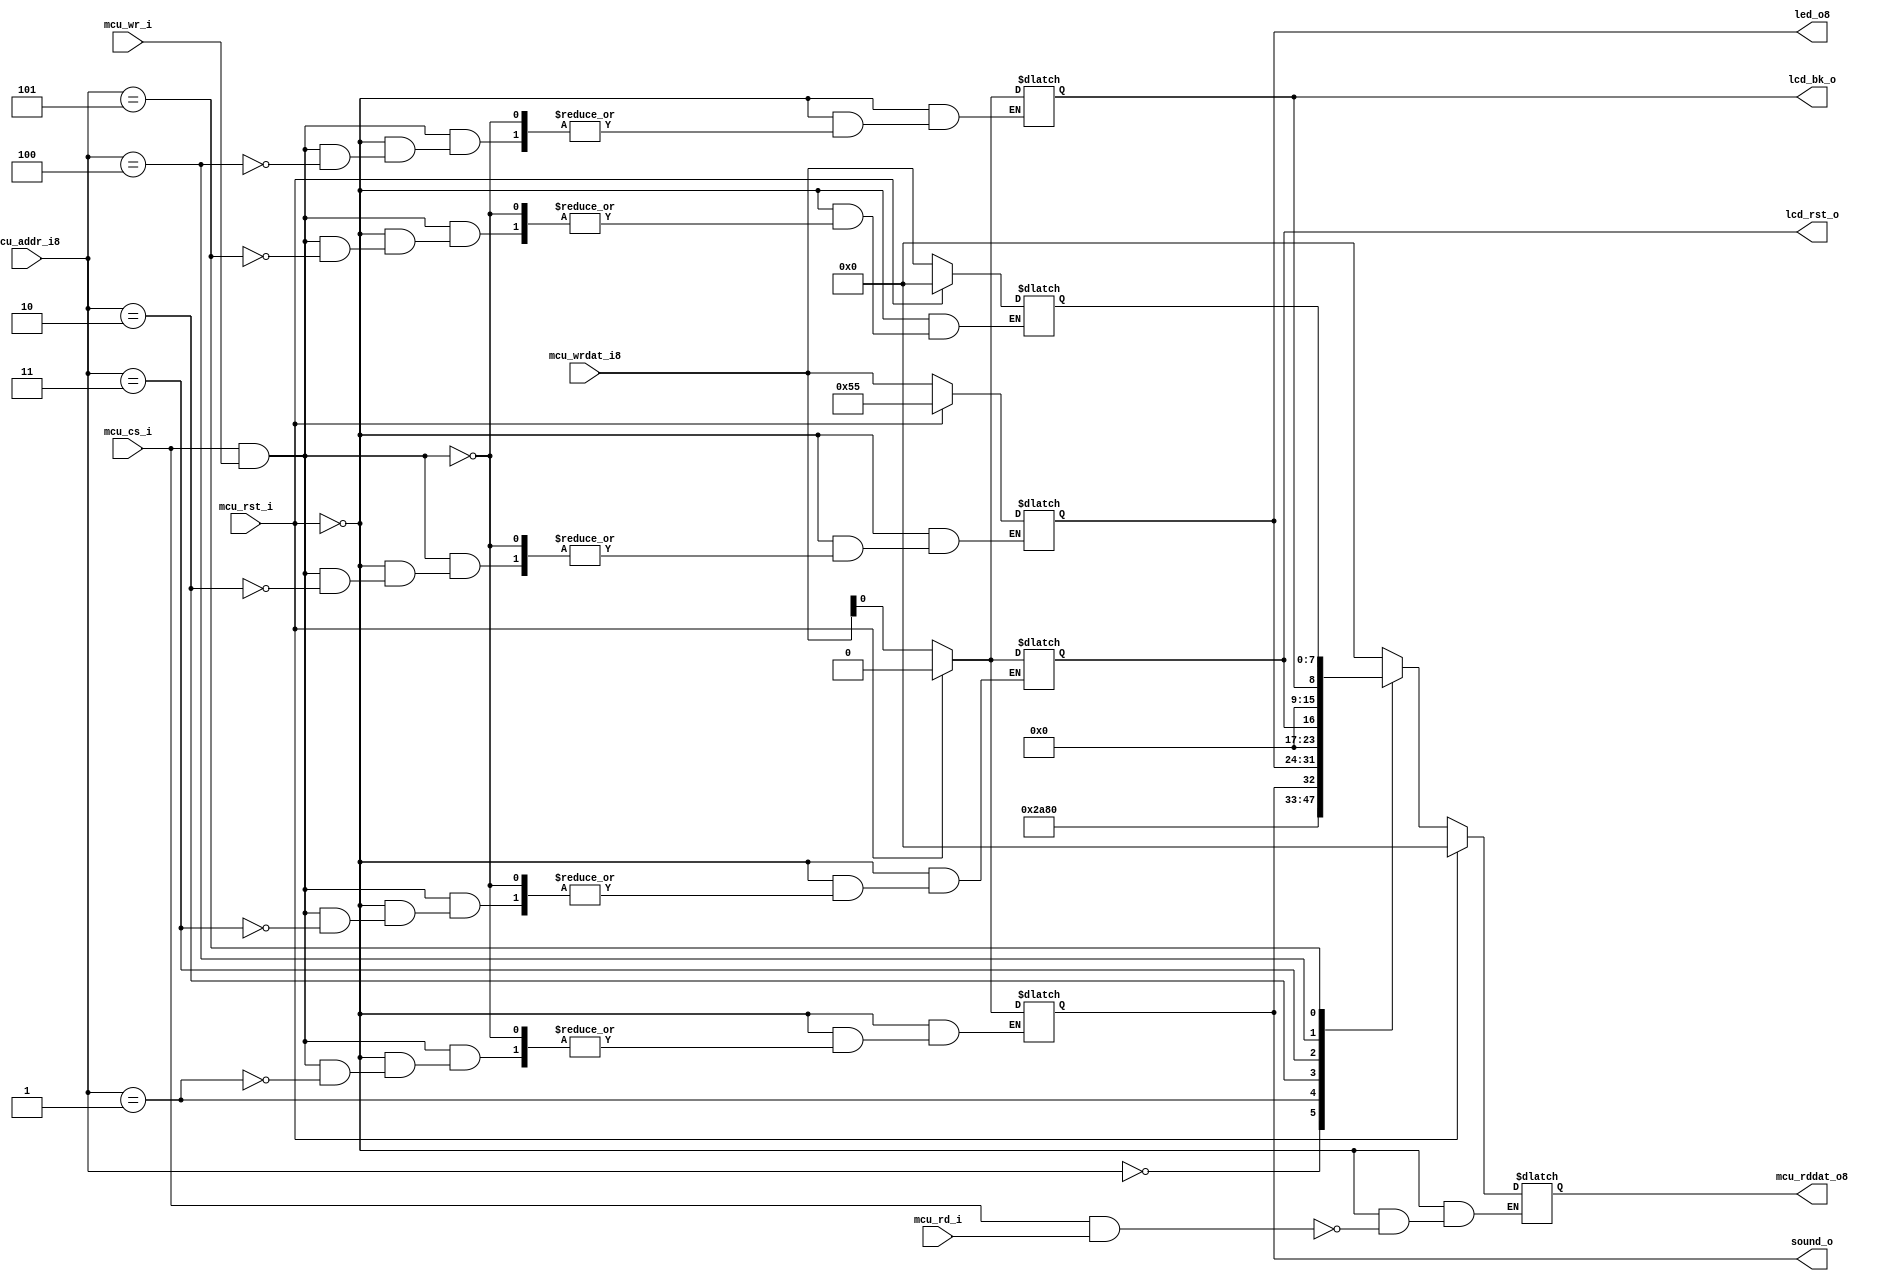

module common_reg
(
    mcu_rst_i     ,
    mcu_cs_i      ,
    mcu_rd_i      ,
    mcu_wr_i      ,
    mcu_addr_i8   ,
    mcu_wrdat_i8  ,
    mcu_rddat_o8  ,

    sound_o       ,
    led_o8        ,
    lcd_rst_o     ,
    lcd_bk_o      
);


//-- mcu interface -----------//
input         mcu_rst_i     ;
input         mcu_cs_i      ;
input         mcu_rd_i      ;
input         mcu_wr_i      ;
input [ 7:0]  mcu_addr_i8   ;
input [ 7:0]  mcu_wrdat_i8  ;

output[7:0]   mcu_rddat_o8  ;

//-- perphi control ----------//
output        sound_o       ;
output[7:0]   led_o8        ;
output        lcd_rst_o     ;
output        lcd_bk_o      ;

reg[7:0]      mcu_rddat_o8  ;
reg           sound_o       ;
reg[7:0]      led_o8        ;
reg           lcd_rst_o     ;
reg           lcd_bk_o      ;
reg[7:0]      test_r        ;

//----------------------------------------------------------
always@(*)
begin
  if(mcu_rst_i)
    mcu_rddat_o8   =  8'h00;
  else if (mcu_cs_i & mcu_rd_i) 
  begin
    case (mcu_addr_i8[7:0])
      8'h00:  mcu_rddat_o8[7:0] =  8'h55            ;
      8'h01:  mcu_rddat_o8[7:0] =  {7'b0,sound_o}   ;
      8'h02:  mcu_rddat_o8[7:0] =  led_o8           ;
      8'h03:  mcu_rddat_o8[7:0] =  {7'b0,lcd_rst_o} ;
      8'h04:  mcu_rddat_o8[7:0] =  {7'b0,lcd_bk_o}  ;
      8'h05:  mcu_rddat_o8[7:0] =  test_r           ;
    default:  mcu_rddat_o8[7:0] =  8'h0             ;
    endcase
  end
end

//----------------------------------------------------------
always@(*)
begin
  if(mcu_rst_i)
  begin
    sound_o   =1'b0;
    led_o8    =8'h55;
    lcd_rst_o =1'b0;
    lcd_bk_o  =1'b0;
    test_r    =8'h00;
  end
  else if (mcu_cs_i & mcu_wr_i)
  begin
    case (mcu_addr_i8[7:0])
    //8'h00:  version   =  mcu_wrdat_i8[7:0] ;
      8'h01:  sound_o   =  mcu_wrdat_i8[0]   ;
      8'h02:  led_o8    =  mcu_wrdat_i8[7:0] ;
      8'h03:  lcd_rst_o =  mcu_wrdat_i8[0]   ;
      8'h04:  lcd_bk_o  =  mcu_wrdat_i8[0]   ;
      8'h05:  test_r    =  mcu_wrdat_i8[7:0] ;
    default:
      begin
        sound_o   =sound_o  ;
        led_o8    =led_o8   ;
        lcd_rst_o =lcd_rst_o;
        lcd_bk_o  =lcd_bk_o ;
        test_r    =test_r   ;
      end
    endcase
  end
end

//----------------------------------------------------------
endmodule